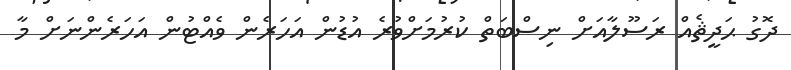
ދޮގު ޙަދީޘެއް ރަސޫލާއަށް ނިސްބަތް ކުރުމަށްވުރެ އުޑުން އަހަރެން ވެއްޓުން އަހަރެންނަށް މާ